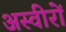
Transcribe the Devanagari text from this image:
अस्वीरों